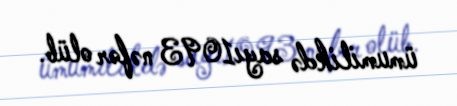
ümumilikdə sayı1093 nəfər olüb.